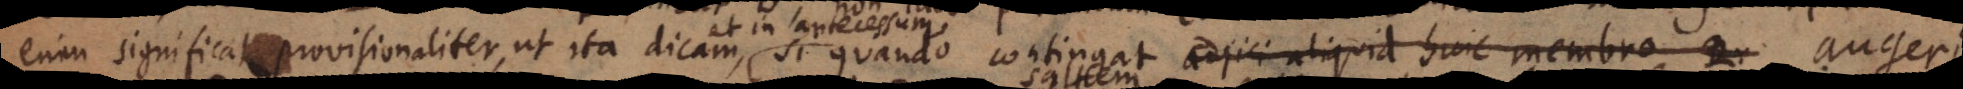
enim significat provisionaliter, ut ita dicam, si quando contingat adjici aliquid huic membro